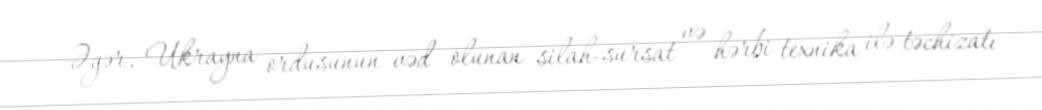
Əgər, Ukrayna ordusunun vəd olunan silah-sursat və hərbi texnika ilə təchizatı